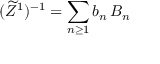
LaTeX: ( \widetilde Z ^ { 1 } ) ^ { - 1 } = \sum _ { n \ge 1 } b _ { n } \, B _ { n }